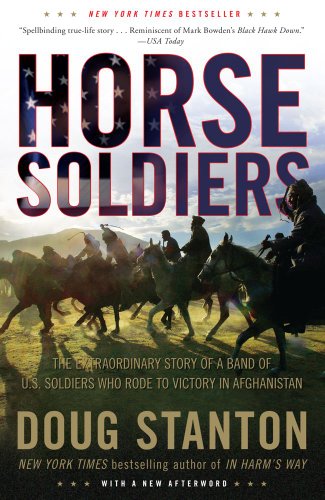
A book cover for Horse Soldiers: The Extraordinary Story of a Band of US Soldiers Who Rode to Victory in Afghanistan; Doug Stanton; History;